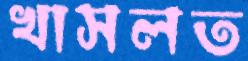
খাসলত